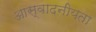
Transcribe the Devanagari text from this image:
आस्वादनीयता